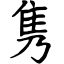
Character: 隽